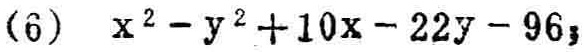
\((6)\ x^{2}-y^{2}+10x - 22y - 96\)